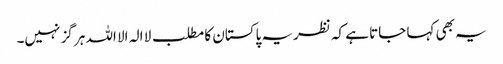
یہ بھی کہا جاتا ہے کہ نظریہ پاکستان کا مطلب لا الہ الا اللہ ہر گز نہیں۔